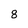
Character: 8